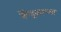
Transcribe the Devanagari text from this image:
केंद्रकाच्या